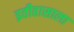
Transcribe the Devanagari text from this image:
इतीहासाला